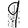
Digit: 9